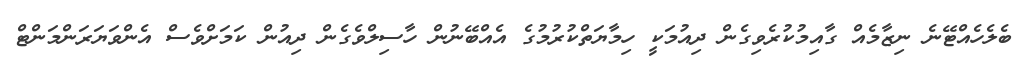
ބެލެހެއްޓޭނެ ނިޒާމެއް ގާއިމުކުރެވިގެން ދިއުމަކީ ހިމާޔަތްކުރުމުގެ އެއްބޭނުން ހާސިލްވެގެން ދިއުން ކަމަށްވެސް އެންވަޔަރަންމަންޓް